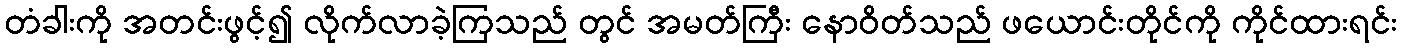
တံခါးကို အတင်းဖွင့်၍ လိုက်လာခဲ့ကြသည် တွင် အမတ်ကြီး နောဝိတ်သည် ဖယောင်းတိုင်ကို ကိုင်ထားရင်း